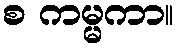
စ ကမ္မကာ။